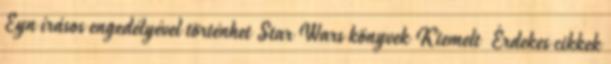
Eyn írásos engedélyével történhet Star Wars könyvek Kiemelt Érdekes cikkek